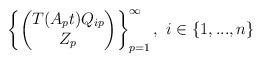
LaTeX: \begin{align*}\left\{\begin{pmatrix}T(A_{p}t)Q_{ip}\\Z_{p}\end{pmatrix}\right\}_{p=1}^{\infty},\textrm{ }i\in\{1,...,n\}\end{align*}